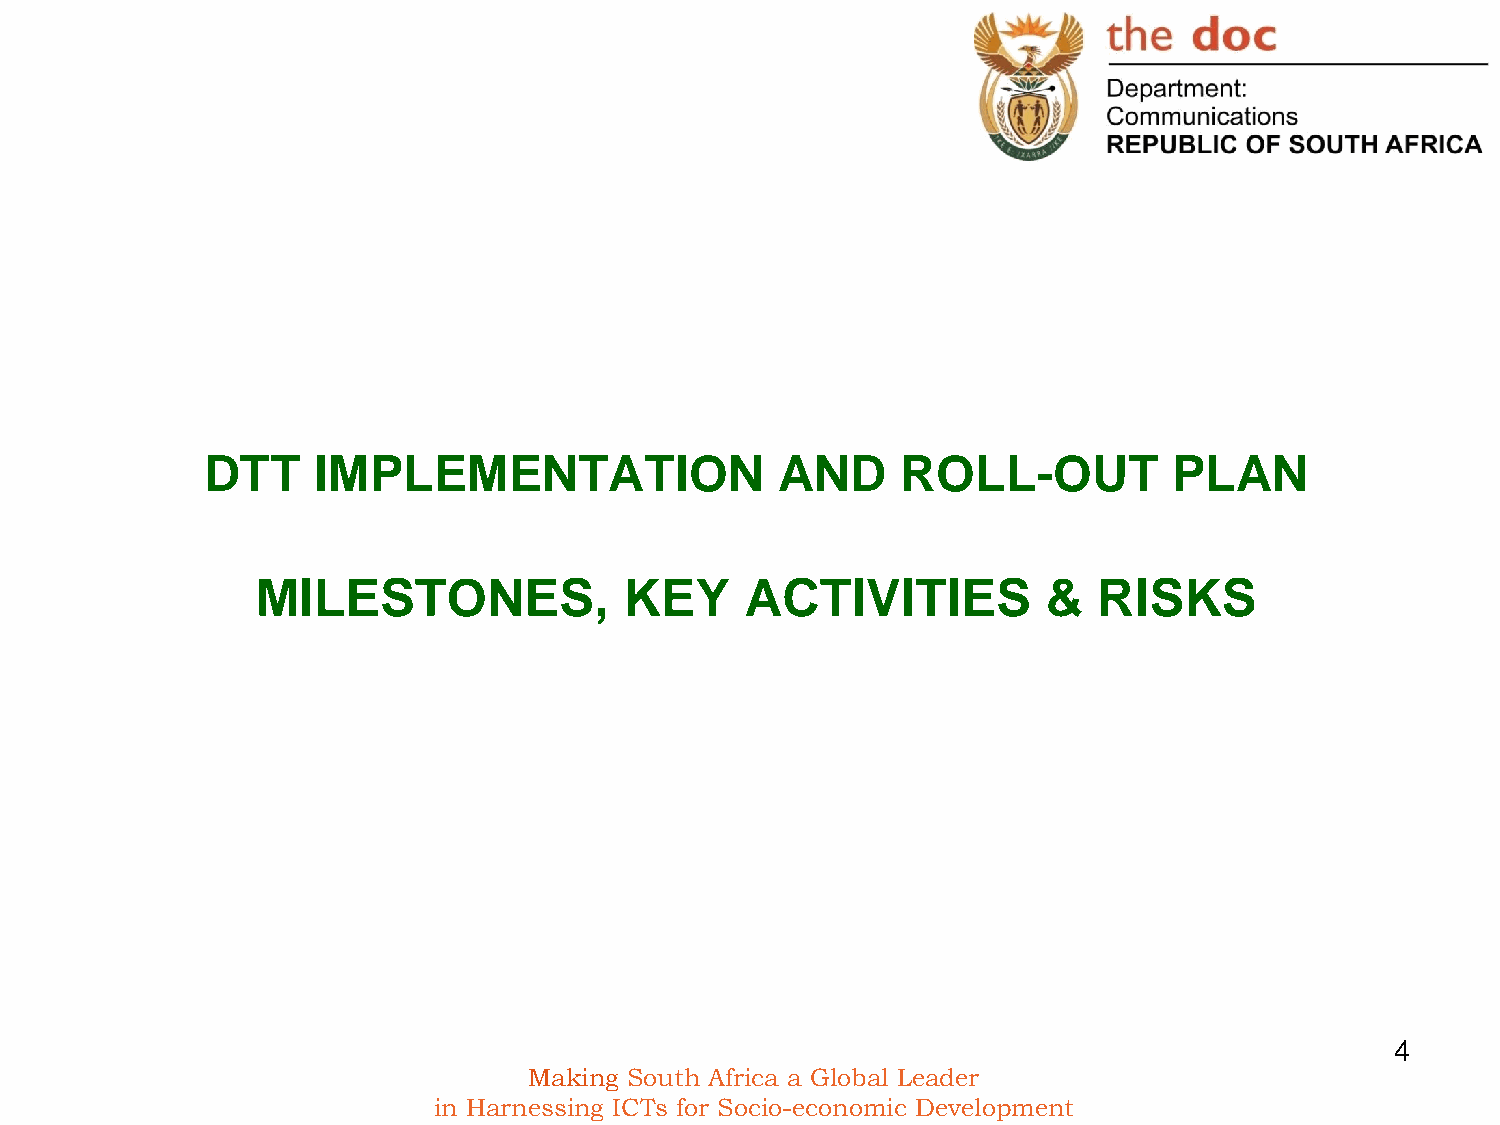
DTT     IMPLEMENTATION                 AND     ROLL-OUT          PLAN
 MILESTONES,             KEY     ACTIVITIES          &   RISKS
 4
 Making South Africa a Global Leader
 in Harnessing ICTs for Socio-economic Development